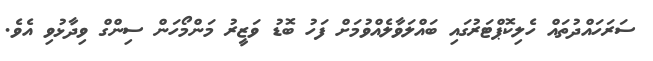
ސަރަހައްދުތައް ހެލިކޮޕްޓަރުގައި ބައްލަވާލެއްވުމަށް ފަހު ބޮޑު ވަޒީރު މަންމޯހަން ސިންގް ވިދާޅުވި އެވެ.